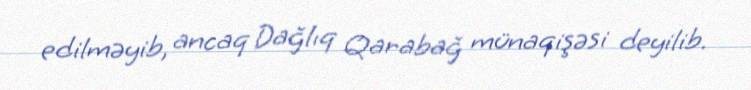
edilməyib, ancaq Dağlıq Qarabağ münaqişəsi deyilib.